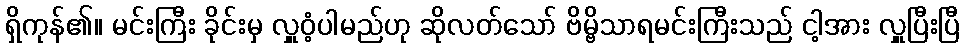
ရှိကုန်၏။ မင်းကြီး ခိုင်းမှ လှူဝံ့ပါမည်ဟု ဆိုလတ်သော် ဗိမ္ဗိသာရမင်းကြီးသည် ငါ့အား လှူပြီးပြီ